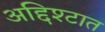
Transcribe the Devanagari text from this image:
अद्दिश्टात